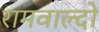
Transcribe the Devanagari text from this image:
रामवाल्दो